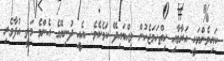
ކައިވެންޔަކީ އަރާމާއި ހިތްހަމަޖެހުން ލިއްބައިދޭ ކަމެކެވެ. އެއީ ދުނިޔޭގެ އެންމެ މަތީ އުފާވެރި